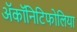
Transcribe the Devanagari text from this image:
ॲकॉनिटिफोलिया